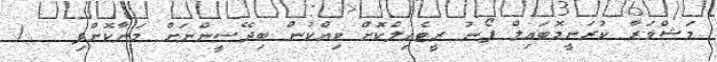
މަޝްވަރާ ކުރަނީމޮބައިލް ފޯނު ރީޓެއިލްކޮށް ވިއްކުން ބިދޭސީންނަށް މަނާކޮށްފި   !